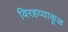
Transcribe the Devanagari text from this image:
विरहव्याकूळ